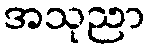
အသုညာ